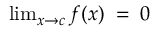
\textstyle \operatorname* { l i m } _ { x \to c } f ( x ) \; = \; 0